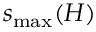
s _ { \operatorname* { m a x } } ( H )